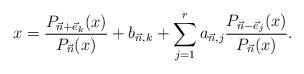
LaTeX: \begin{align*} x = \frac{P_{\vec{n}+\vec{e}_k}(x)}{P_{\vec{n}}(x)} + b_{\vec{n},k} + \sum_{j=1}^r a_{\vec{n},j} \frac{P_{\vec{n}-\vec{e}_j}(x)}{P_{\vec{n}}(x)}.\end{align*}